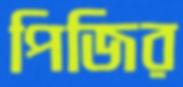
পিজির